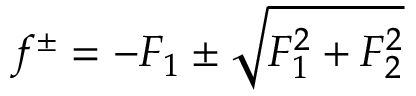
f ^ { \pm } = - { \cal F } _ { 1 } \pm \sqrt { { \cal F } _ { 1 } ^ { 2 } + { \cal F } _ { 2 } ^ { 2 } }